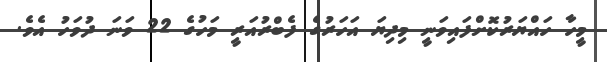
މީހާ ހައްޔަރުކޮށްފައިވަނީ މިދިޔަ އަހަރުގެ ފެބްރުއަރީ މަހުގެ 22 ވަނަ ދުވަހު އެވެ.